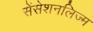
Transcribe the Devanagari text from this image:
सेंसेशनलिज्म